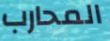
المحارب